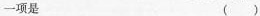
一项是 ( )